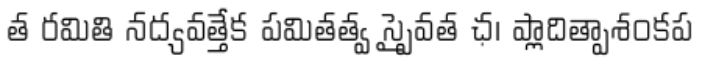
త రమితి నద్యవత్తేక పమితత్వ స్పైవత ఛ। ప్లాదిత్పాశంకప